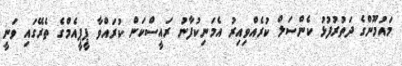
މައުމޫންގެ ދަތުުރުފުޅު ކެންސަލް ކުރެއްވިއިރު އެމަނިކުފާނު ރައީސްކަން ކުރައްވާ ޕީޕީއެމްގެ ތެރޭގައި ވަނީ